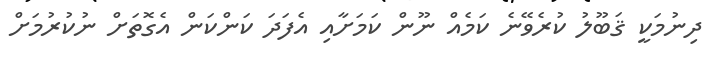
ދިނުމަކީ ޤަބޫލު ކުރެވޭނެ ކަމެއް ނޫން ކަމަށާއި އެފަދަ ކަންކަން އެގޮތަށް ނުކުރުމަށް